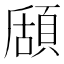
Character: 𩓃